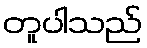
တူပါသည်